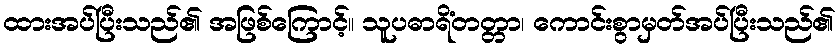
ထားအပ်ပြီးသည်၏ အဖြစ်ကြောင့်။ သူပဓာရိံတတ္တာ၊ ကောင်းစွာမှတ်အပ်ပြီးသည်၏